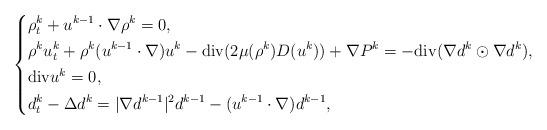
LaTeX: \begin{align*}\left\{\begin{aligned}&\rho_t^k+u^{k-1}\cdot \nabla \rho^k=0,\\&\rho^k u^k_t+\rho^k (u^{k-1}\cdot \nabla)u^k- {\rm div}(2\mu(\rho^k)D(u^k))+\nabla P^k=-{\rm div}(\nabla d^k \odot \nabla d^k ),\\&{\rm div}u^k=0,\\&d^k_t-\Delta d^k=|\nabla d^{k-1}|^2 d^{k-1}-(u^{k-1}\cdot \nabla)d^{k-1},\end{aligned}\right.\end{align*}